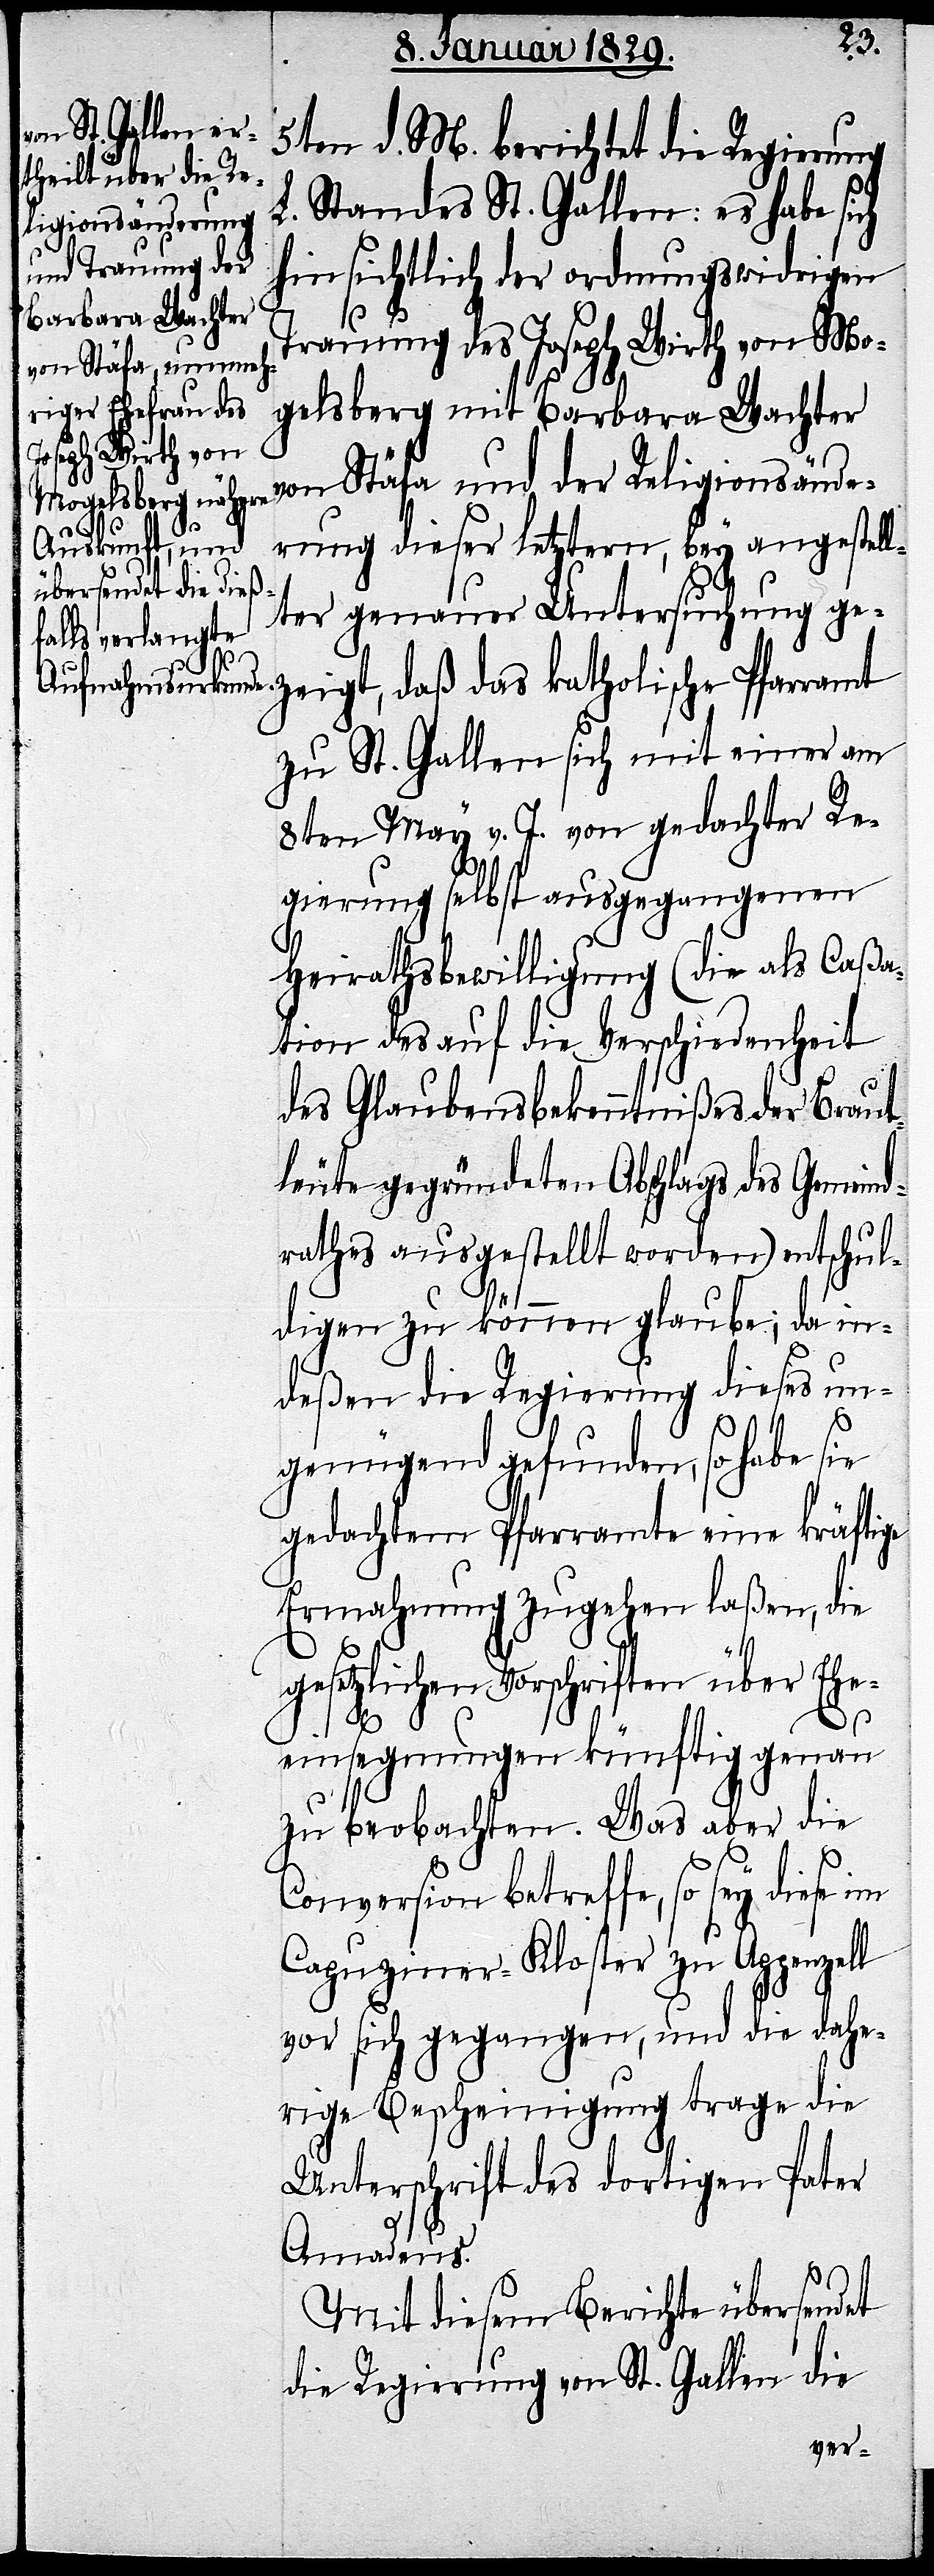
5ten d. M. berichtet die Regierung
Standes St. Gallen: es habe sich
L.
Religionsände¬
hinsichtlich der ordnungswidrigen
Trauung des Joseph Wirth von Mo¬
von Stäfa und de¬
gelsberg mit Barbara Wachter
rung dieser letztern, bey angestell¬
ter genauer Untersuchung ge¬
zeigt, daß das katholische Pfarramt
zu St. Gallen sich mit einer am
8ten May v. J. von gedachter Re¬
gierung selbst ausgegangenen
Heirathsbewilligung (die als Caßa¬
tion des auf die Verschiedenheit
des Glaubensbekenntnißes der Braut¬
leute gegründeten Abschlags des Gemeind¬
rathes ausgestellt worden) entschul¬
digen zu können glaube; da in¬
deßen die Regierung dieses un¬
r
genügend gefunden, so habe sie
gedachtem Pfarramte eine kräftige
Ermahnung zugehen laßen, die
gesetzlichen Vorschriften über Ehe¬
einsegnungen künftig genau
zu beobachten. Was aber die
Conversion betreffe, so sey diese
Capuziner-Kloster zu Appenzell
vor sich gegangen, und die dahe¬
rige Bescheinigung trage die
Unterschrift des dortigen Pater
Amadeus.
Mit diesem Berichte übersendet
die Regierung von St. Gallen die